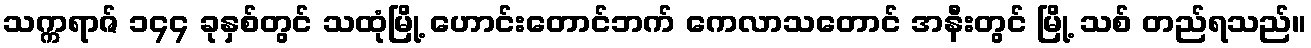
သက္ကရာဇ် ၁၄၄ ခုနှစ်တွင် သထုံမြို့ ဟောင်းတောင်ဘက် ကေလာသတောင် အနီးတွင် မြို့ သစ် တည်ရသည်။